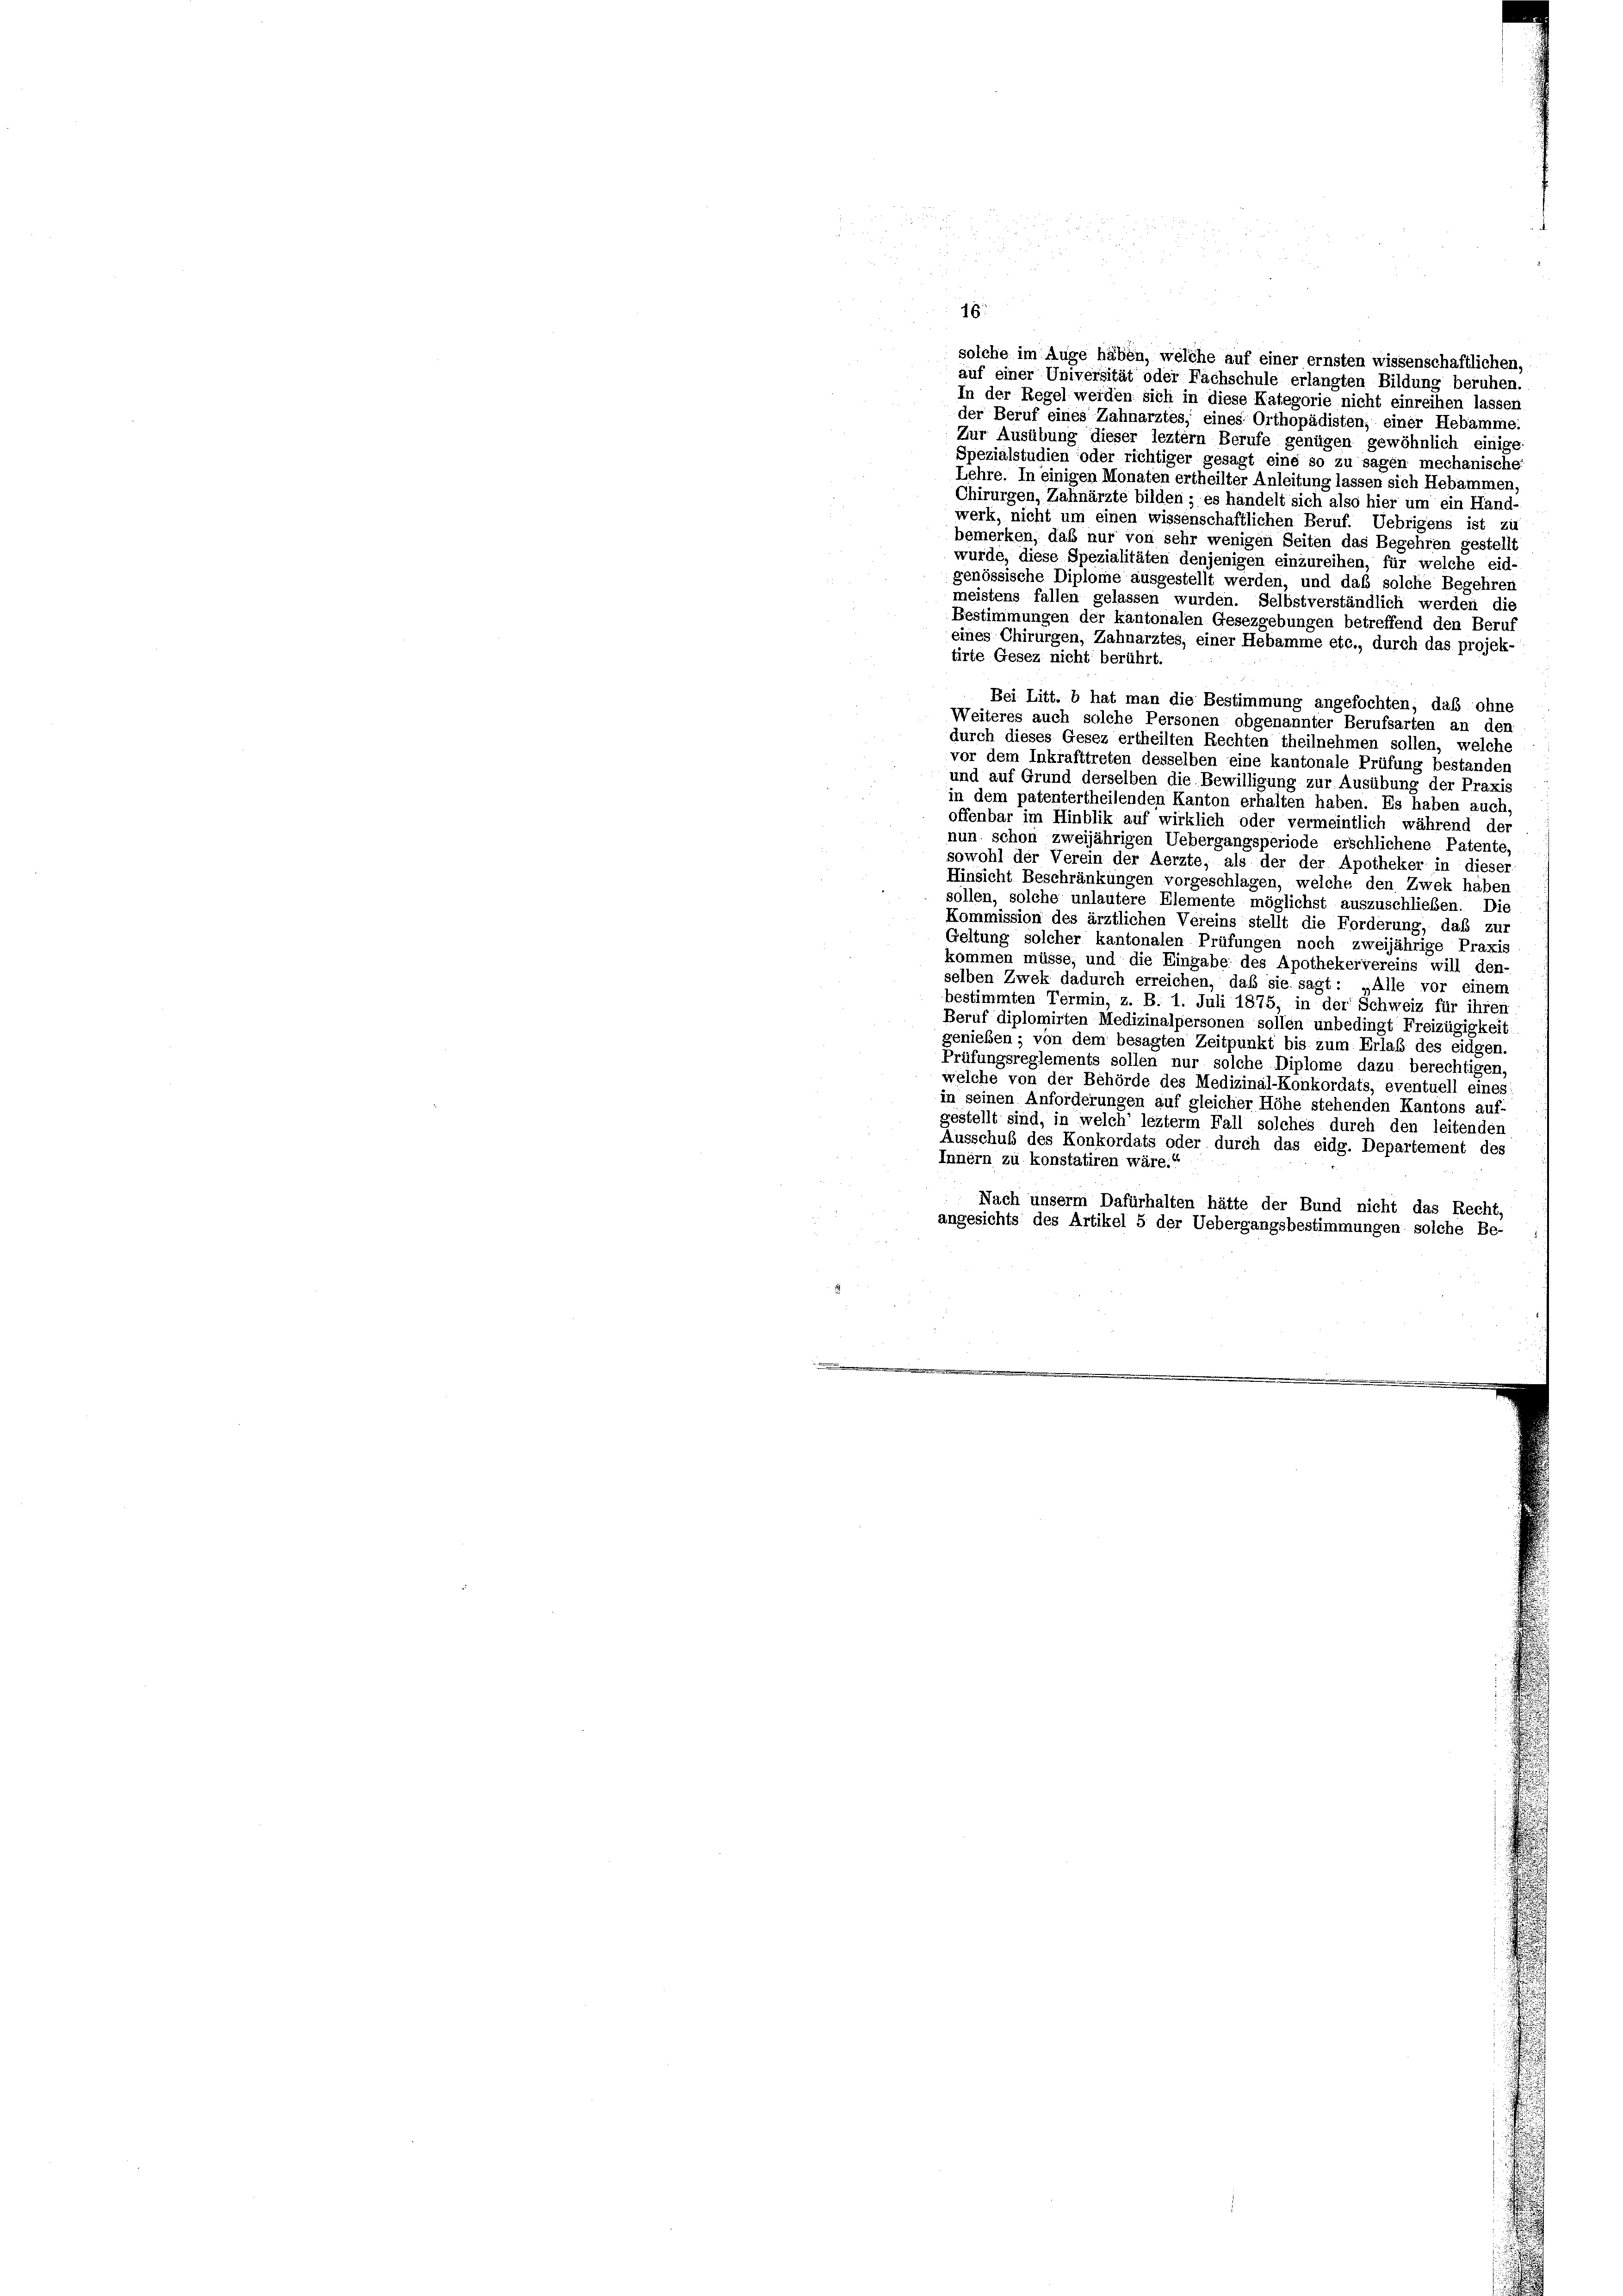
18.
solche im Auge haben, welche auf einer ernsten wissenschaftlichen,
auf einer Universität oder Fachschule erlangten Bildung beruhen.
In der Regel werden sich in diese Kategorie nicht einreihen lassen
der Beruf eines Zahnarztes, eines Orthopädisten; einer Hebamme.
Zur Ausübung dieser leztem Berufe genügen gewöhnlich einige
Spezialstudien oder richtiger gesagt eine so zu sagen mechanische
Lehre. In einigen Monaten ertheilter Anleitung lassen sich Hebammen,
Chirurgen, Zahnärzte bilden; es handelt sich also hier um ein Hand-
werk, nicht um einen wissenschaftlichen Beruf. Uebrigens ist zu
bemerken, daß nur von sehr wenigen Seiten das Begehren gestellt
wurde, diese Spezialitäten denjenigen einzureihen, für welche eid-
genössische Diplome ausgestellt werden, und daß solche Begehrer
meistens fallen gelassen wurden. Selbstverständlich werden die
Bestimmungen der kantonalen Gesezgebungen betreffend den Beruf
eines Chirurgen, Zahnarztes, einer Hebamme etc., durch das projek-
tirte Gesez nicht berührt.
Bei Litt. b hat man die Bestimmung angefochten, daß ohne
Weiteres auch solche Personen obgenannter Berufsarten an den
durch dieses Gesez ertheilten Rechten theilnehmen sollen, welche
vor dem Inkrafttreten desselben eine kantonale Prüfung bestanden
und auf Grund derselben die Bewilligung zur Ausübung der Praxis
in dem patentertheilenden Kanton erhalten haben. Es haben auch,
offenbar im Hinblik auf wirklich oder vermeintlich während der
nun schon zweijährigen Uebergangsperiode erschlichene Patente,
sowohl der Verein der Aerzte, als der der Apotheker in dieser
Hinsicht Beschränkungen vorgeschlagen, welche den Zwek haben
sollen, solche unlautere Elemente möglichst auszuschließen. Die
Kommission des ärztlichen Vereins stellt die Forderung, daß zur
Geltung solcher kantonalen Prüfungen noch zweijährige Praxis
kommen müsse, und die Eingabe des Apothekervereins will den-
selben Zwek dadurch erreichen, daß sie sagt: „Alle vor einem
bestimmten Termin, z. B. 1. Juli 1875; in der Schweiz für ihren
Beruf diplomirten Medizinalpersonen sollen unbedingt Freizügigkeit
genießen; von dem besagten Zeitpunkt bis zum Erlab des eidgen.
Prüfungsreglements sollen nur solche Diplome dazu berechtigen,
welche von der Behörde des Medizinal-Konkordats, eventuell eines
in seinen Anforderungen auf gleicher Höhe stehenden Kantons auf-
gestellt sind, in welch’ lezterm Fall solches durch den leitenden
Ausschuß des Konkordats oder durch das eidg. Departement des
Innern zu konstatiren wäre.“
Nach unserm Dafürhalten hätte der Bund nicht das Recht,
angesichts des Artikel 5 der Uebergangsbestimmungen solche Be-